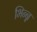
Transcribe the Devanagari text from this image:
भिन्न्न